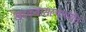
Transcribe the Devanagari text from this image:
खडकवासल्यापर्यंत